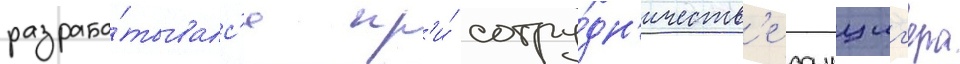
разраба́тывалс'я пр'и́ сотру́дн'ичеств'е данциг'ера